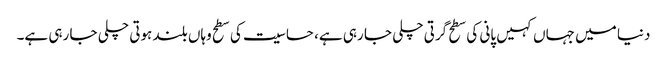
دنیا میں جہاں کہیں پانی کی سطح گرتی چلی جا رہی ہے، حساسیت کی سطح وہاں بلند ہوتی چلی جا رہی ہے۔